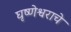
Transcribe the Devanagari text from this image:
घृष्णेश्वराचे